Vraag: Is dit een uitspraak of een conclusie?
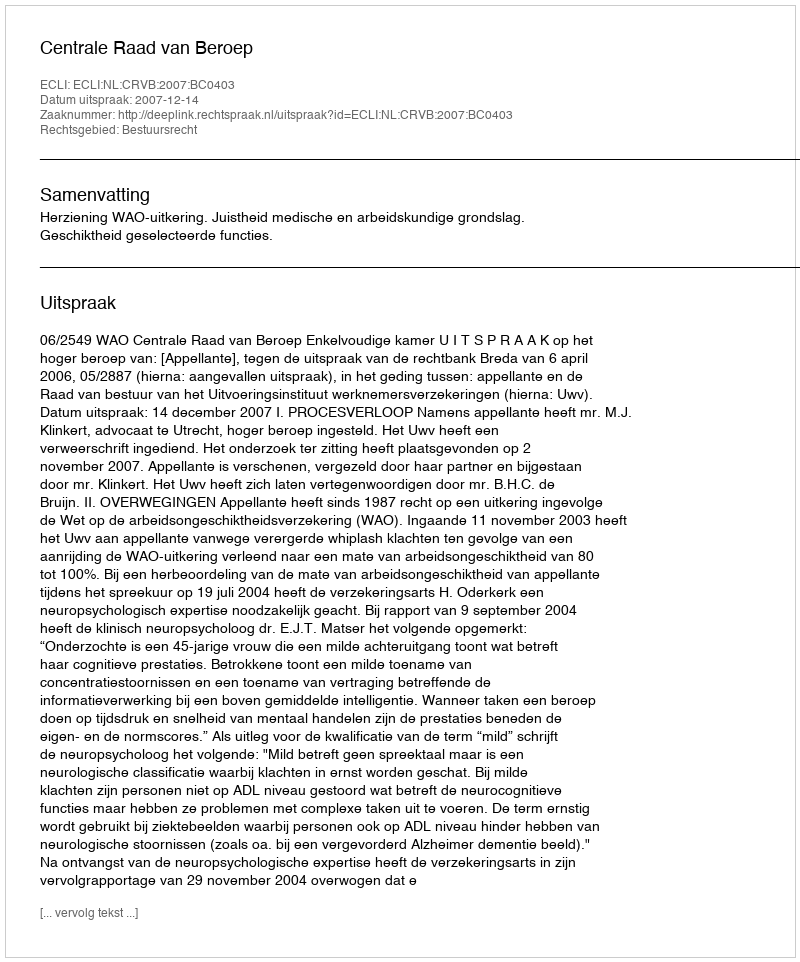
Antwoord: Uitspraak